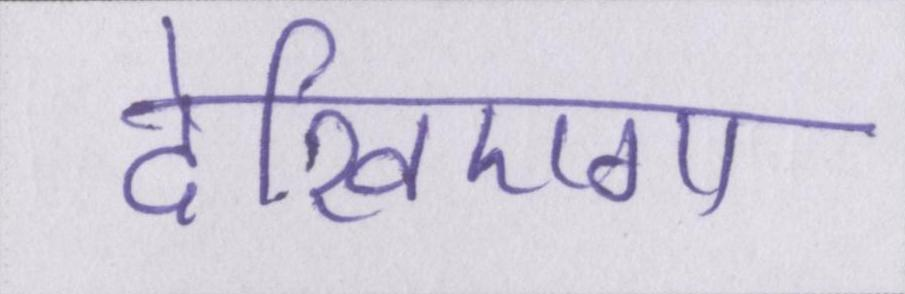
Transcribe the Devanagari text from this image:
देखिएगा